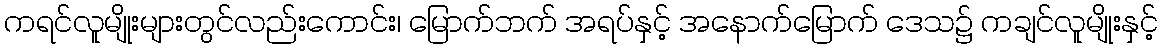
ကရင်လူမျိုးများတွင်လည်းကောင်း၊ မြောက်ဘက် အရပ်နှင့် အနောက်မြောက် ဒေသ၌ ကချင်လူမျိုးနှင့်